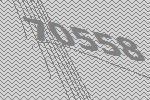
70558